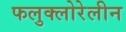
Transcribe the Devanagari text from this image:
फलुक्‍लोरेलीन